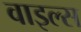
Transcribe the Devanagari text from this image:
वाइल्स